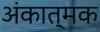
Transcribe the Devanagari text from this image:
अंकात्मक